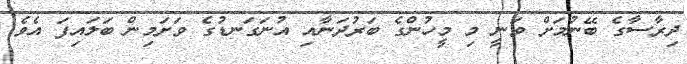
ދިރާސާގެ ބޭނުމަށް ވަނީ މި މީހުންގެ ބަރުދަނާއި އުނަގަނޑުގެ ވަށަމިން ބަލައިފަ އެވެ.